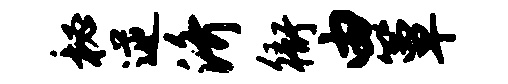
秘逆济衙由簟